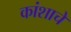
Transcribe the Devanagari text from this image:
कांशाचे